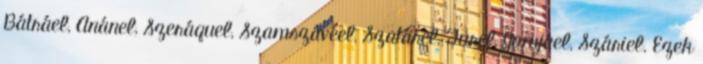
Bátráel, Anánel, Szeráquel, Szamszávéel, Szatárel, Turel, Jomjáel, Száriel. Ezek